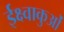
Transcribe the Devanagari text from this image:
ईक्ष्वाकुओं